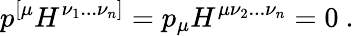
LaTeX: p^{[\mu}H^{\nu_{1}...\nu_{n}]}=p_{\mu}H^{\mu\nu_{2}...\nu_{n}}=0\ .